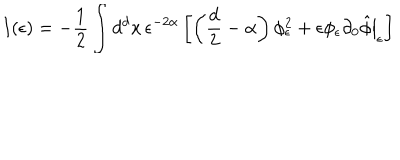
LaTeX: I ( \epsilon ) = - \frac 1 2 \int d ^ { d } x \, \epsilon ^ { - 2 \alpha } \left[ \left( \frac { d } 2 - \alpha \right) \phi _ { \epsilon } ^ { 2 } + \epsilon \phi _ { \epsilon } \left. \partial _ { 0 } \hat { \phi } \right| _ { \epsilon } \right]